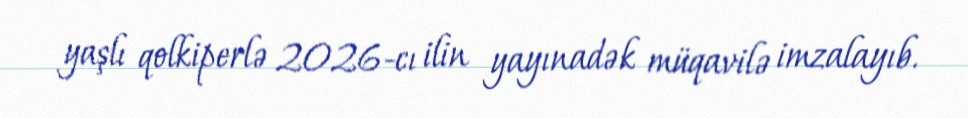
yaşlı qolkiperlə 2026-cı ilin yayınadək müqavilə imzalayıb.